Reports on military cantonments and civil stations in the Presidency of Bombay inspected by the Sanitary Commissioner in the years 1875 and 1876
Year: 1875
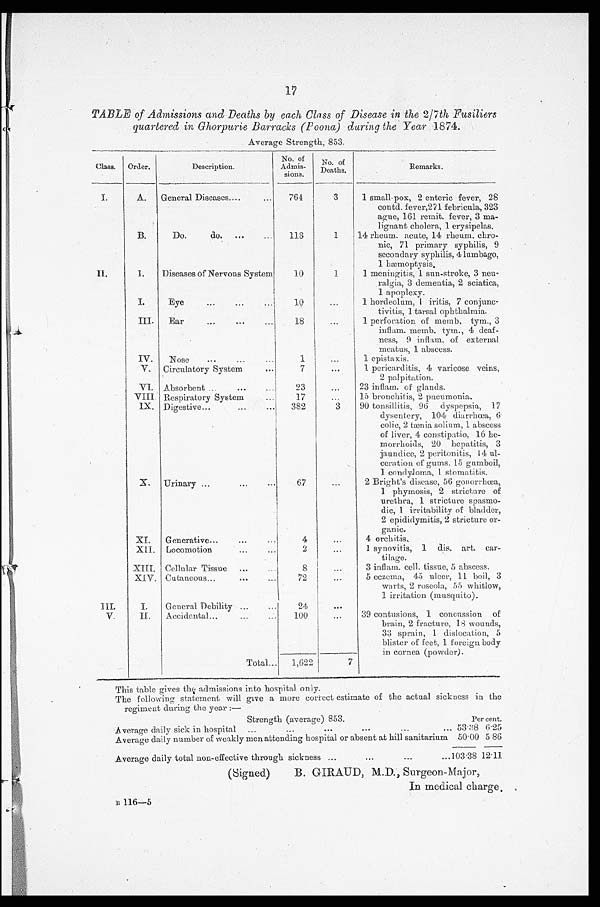
17
TABLE of Admissions and Deaths by each Class of Disease in the 2/7th, Fusiliers
quartered in Ghorpurie Barracks (Poona) during the Year 1874.
Average Strength, 853.
Class.
Order.
Description.
No. of
Adimis-
sions.
No. of
Deaths.
Remarks.
I.
A.
General Diseases....
764
3
1. small-pox, 2 enteric fever, 28
contd. fever,271 febricula, 323
ague, 161 remit. fever, 3 ma-
lignant cholera, 1 erysipelas.
B.
Do.
do.
. . .
113
1
14 rheum. acute, 14 rheum. chro-
nic, 71 primary syphilis, 9
secondary syphilis, 4 lumbago,
1 hæmoptysis.
I I .
1.
Diseases of Nervous System.
10
1
1 meningitis, 1 sun-stroke, 3 neu-
ralgia, 3 dementia, 2 sciatica,
1 apoplexy.
I.
Eye
...
...
...
10
...
1 hordeolum, 1 iritis, 7 conjunc-
tivitis, 1 tarsal ophthalmia.
III.
Ear
...
...
...
18
...
1 perforation of memb, tym., 3
inflam. memb. tym., 4 deaf-
ness, 9 inflam. o f
external
meatus, 1 abscess.
IV.
Nose
...
...
...
1
...
1 epistaxis.
V.
Circulatory System
...
7
...
1 pericarditis, 4 varicose veins,
2 palpitation.
VI. Absorbent ...
...
23
.. .
23 inflam. of glands.
VIII Respiratory System...
1 7
. . .
15 bronchitis, 2 pneumonia.
IX. Digestive......
3 8 2
3
90 tonsillitis, 96 dyspepsia, 17
dysentery, 104 diarrhœa, 6
colic, 2 tænia solium, 1 abscess
of liver, 4 constipatio, 16 he-
morrhoids, 20 hepatitis, 3
jaundice, 2 peritonitis, 14 ul-
ceration of gums, 15 gumboil,
1 condylorma, 1 stomatitis.
X.
Urinary .....
67
...
2 Bright's disease, 56 gonorrhœa,
1 phymosis, 2 stricture of
urethra, 1 stricture spasmo-
dic, 1 irritability of bladder,
2 epididymitis, 2 stricture or-
g a n i c .
b
XI.
G enerative ...
...
4
...
4 orchitis.
XII. Locomotion
...
...
2
...
1 synovitis, 1 dis. art. car-
tilage.
XIII. Cellular Tissue ...
8
...
3 inflam. cell. tissue, 5 abscess.
XIV. Cutaneous...
...
...
72
...
5 eczema, 45 ulcer, 11 boil, 3
warts, 2 roscola, 55 whitlow,
1 irritation (musquito).
III.
I.
General Debility
...1
24
...
V.
II.
Accidental .....
...
100
. . .
___
89 contusions, 1 concussion of
brain, 2 fracture, 18 wounds,
33 sprain, 1 dislocation, 5
blister of feet, 1 foreign body
in cornea (powder).
Total...
1,622
7
This table gives
the admissions into hospital only.
The following statement will give a more correct estimate of the actual sickness in the
regiment during the year:—
Strength (average) 853.
Per cent.
Average daily sick in hospital ...
...
. . . ... . . . . . .
53.38 6.25
Average daily number of weakly men attending hospital or absent at hill sanitarium 50 . 00 5. 86
Average daily total non-effective through sickness ...
...
...
... 103.38 12.11
(Signed)
B. GIRAUD, M.D., Surgeon-Major,
In medical charge.
B 1 1 6 — 5